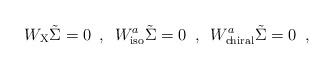
LaTeX: \begin{align*}W_{\rm X}\tilde{\Sigma}=0\,\,\,,\,\,\,W_{\rm iso}^a\tilde{\Sigma}=0\,\,\,,\,\,\,W_{\rm chiral}^a\tilde{\Sigma}=0\,\,\,, \end{align*}